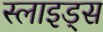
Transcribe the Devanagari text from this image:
स्‍लाइड्स